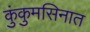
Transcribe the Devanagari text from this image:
कुंकुमसिनात